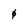
Character: 0